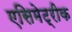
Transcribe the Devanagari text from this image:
एसिमेट्रीक